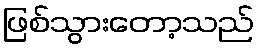
ဖြစ်သွားတော့သည်